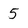
Character: 5